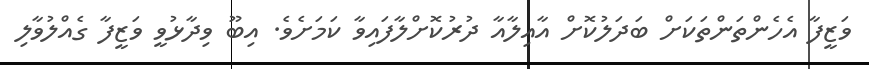
ވަޒީފާ އެހެންތަންތަކަށް ބަދަލުކޮށް އާއިލާއާ ދުރުކޮށްލާފައިވާ ކަމަށެވެ. އިބޫ ވިދާޅުވީ ވަޒީފާ ގެއްލުވާލި